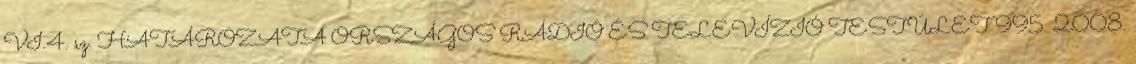
VI.4. sz. HATÁROZATA ORSZÁGOS RÁDIÓ ÉS TELEVÍZIÓ TESTÜLET 995 2008.